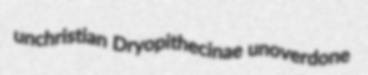
unchristian Dryopithecinae unoverdone